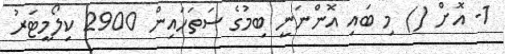
1- އޮށް () މި ބައި އޮންނަނީ ބިމުގެ ސަތަހައިން 2900 ކިލޯމީޓަރު